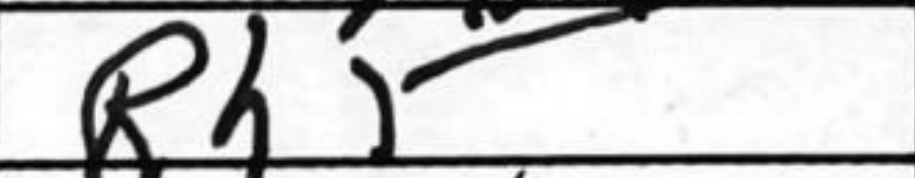
Transcription: Rh5